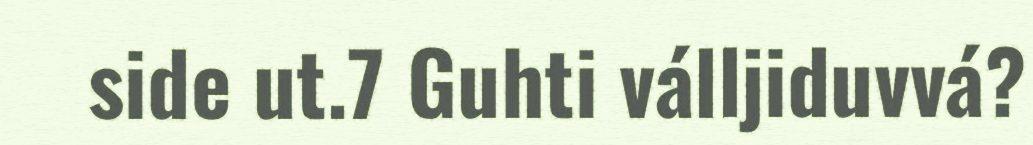
side ut.7 Guhti válljiduvvá?